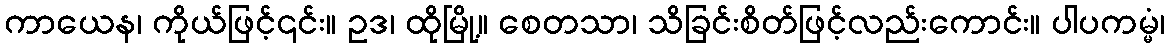
ကာယေန၊ ကိုယ်ဖြင့်၎င်း။ ဥဒ၊ ထိုမြို့။ စေတသာ၊ သိခြင်းစိတ်ဖြင့်လည်းကောင်း။ ပါပကမ္မံ၊